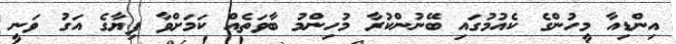
އިންޑިއާ މީހުންގެ ކެއުމުގައި ބޭނުންކުރާ މުހިންމު ބާވަތެއް ކަމަށްވާ ފިޔާގެ އަގު ވަނީ